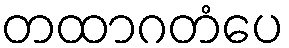
တထာဂတံပေ